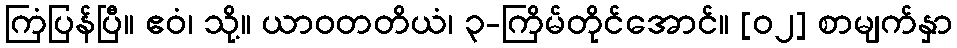
ကြံပြန်ပြီ။ ဧဝံ၊ သို့။ ယာဝတတိယံ၊ ၃-ကြိမ်တိုင်အောင်။ [၀၂] စာမျက်နှာ